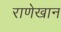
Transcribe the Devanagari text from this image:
राणेखान